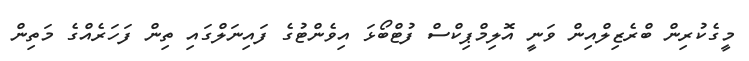
މީގެކުރިން ބްރެޒިލްއިން ވަނީ އޮލިމްޕިކްސް ފުޓްބޯޅަ އިވެންޓުގެ ފައިނަލްގައި ތިން ފަހަރެއްގެ މަތިން